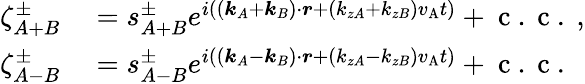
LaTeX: \begin{array}{rl}{\zeta_{A+B}^{\pm}}&{{}=s_{A+B}^{\pm}e^{i((\boldsymbol{k}_{A}+\boldsymbol{k}_{B})\cdot\boldsymbol{r}+(k_{zA}+k_{zB})v_{\mathrm{A}}t)}+\mathrm{~c~.~c~.~},}\\ {\zeta_{A-B}^{\pm}}&{{}=s_{A-B}^{\pm}e^{i((\boldsymbol{k}_{A}-\boldsymbol{k}_{B})\cdot\boldsymbol{r}+(k_{zA}-k_{zB})v_{\mathrm{A}}t)}+\mathrm{~c~.~c~.~}}\end{array}